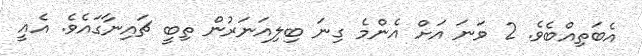
އެބަތިއްބެވެ. 2 ވަނަ އަށް އެންމެ ގިނަ ބިލިއަނަރުން ތިބީ ޗައިނާގައެވެ. އެއީ